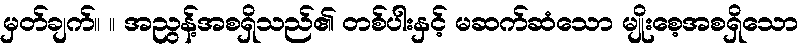
မှတ်ချက်။ ။ အညွန့်အစရှိသည်၏ တစ်ပါးနှင့် မဆက်ဆံသော မျိုးစေ့အစရှိသော